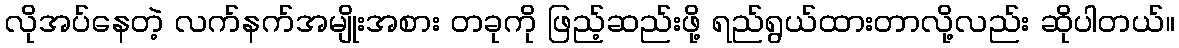
လိုအပ်နေတဲ့ လက်နက်အမျိုးအစား တခုကို ဖြည့်ဆည်းဖို့ ရည်ရွယ်ထားတာလို့လည်း ဆိုပါတယ်။